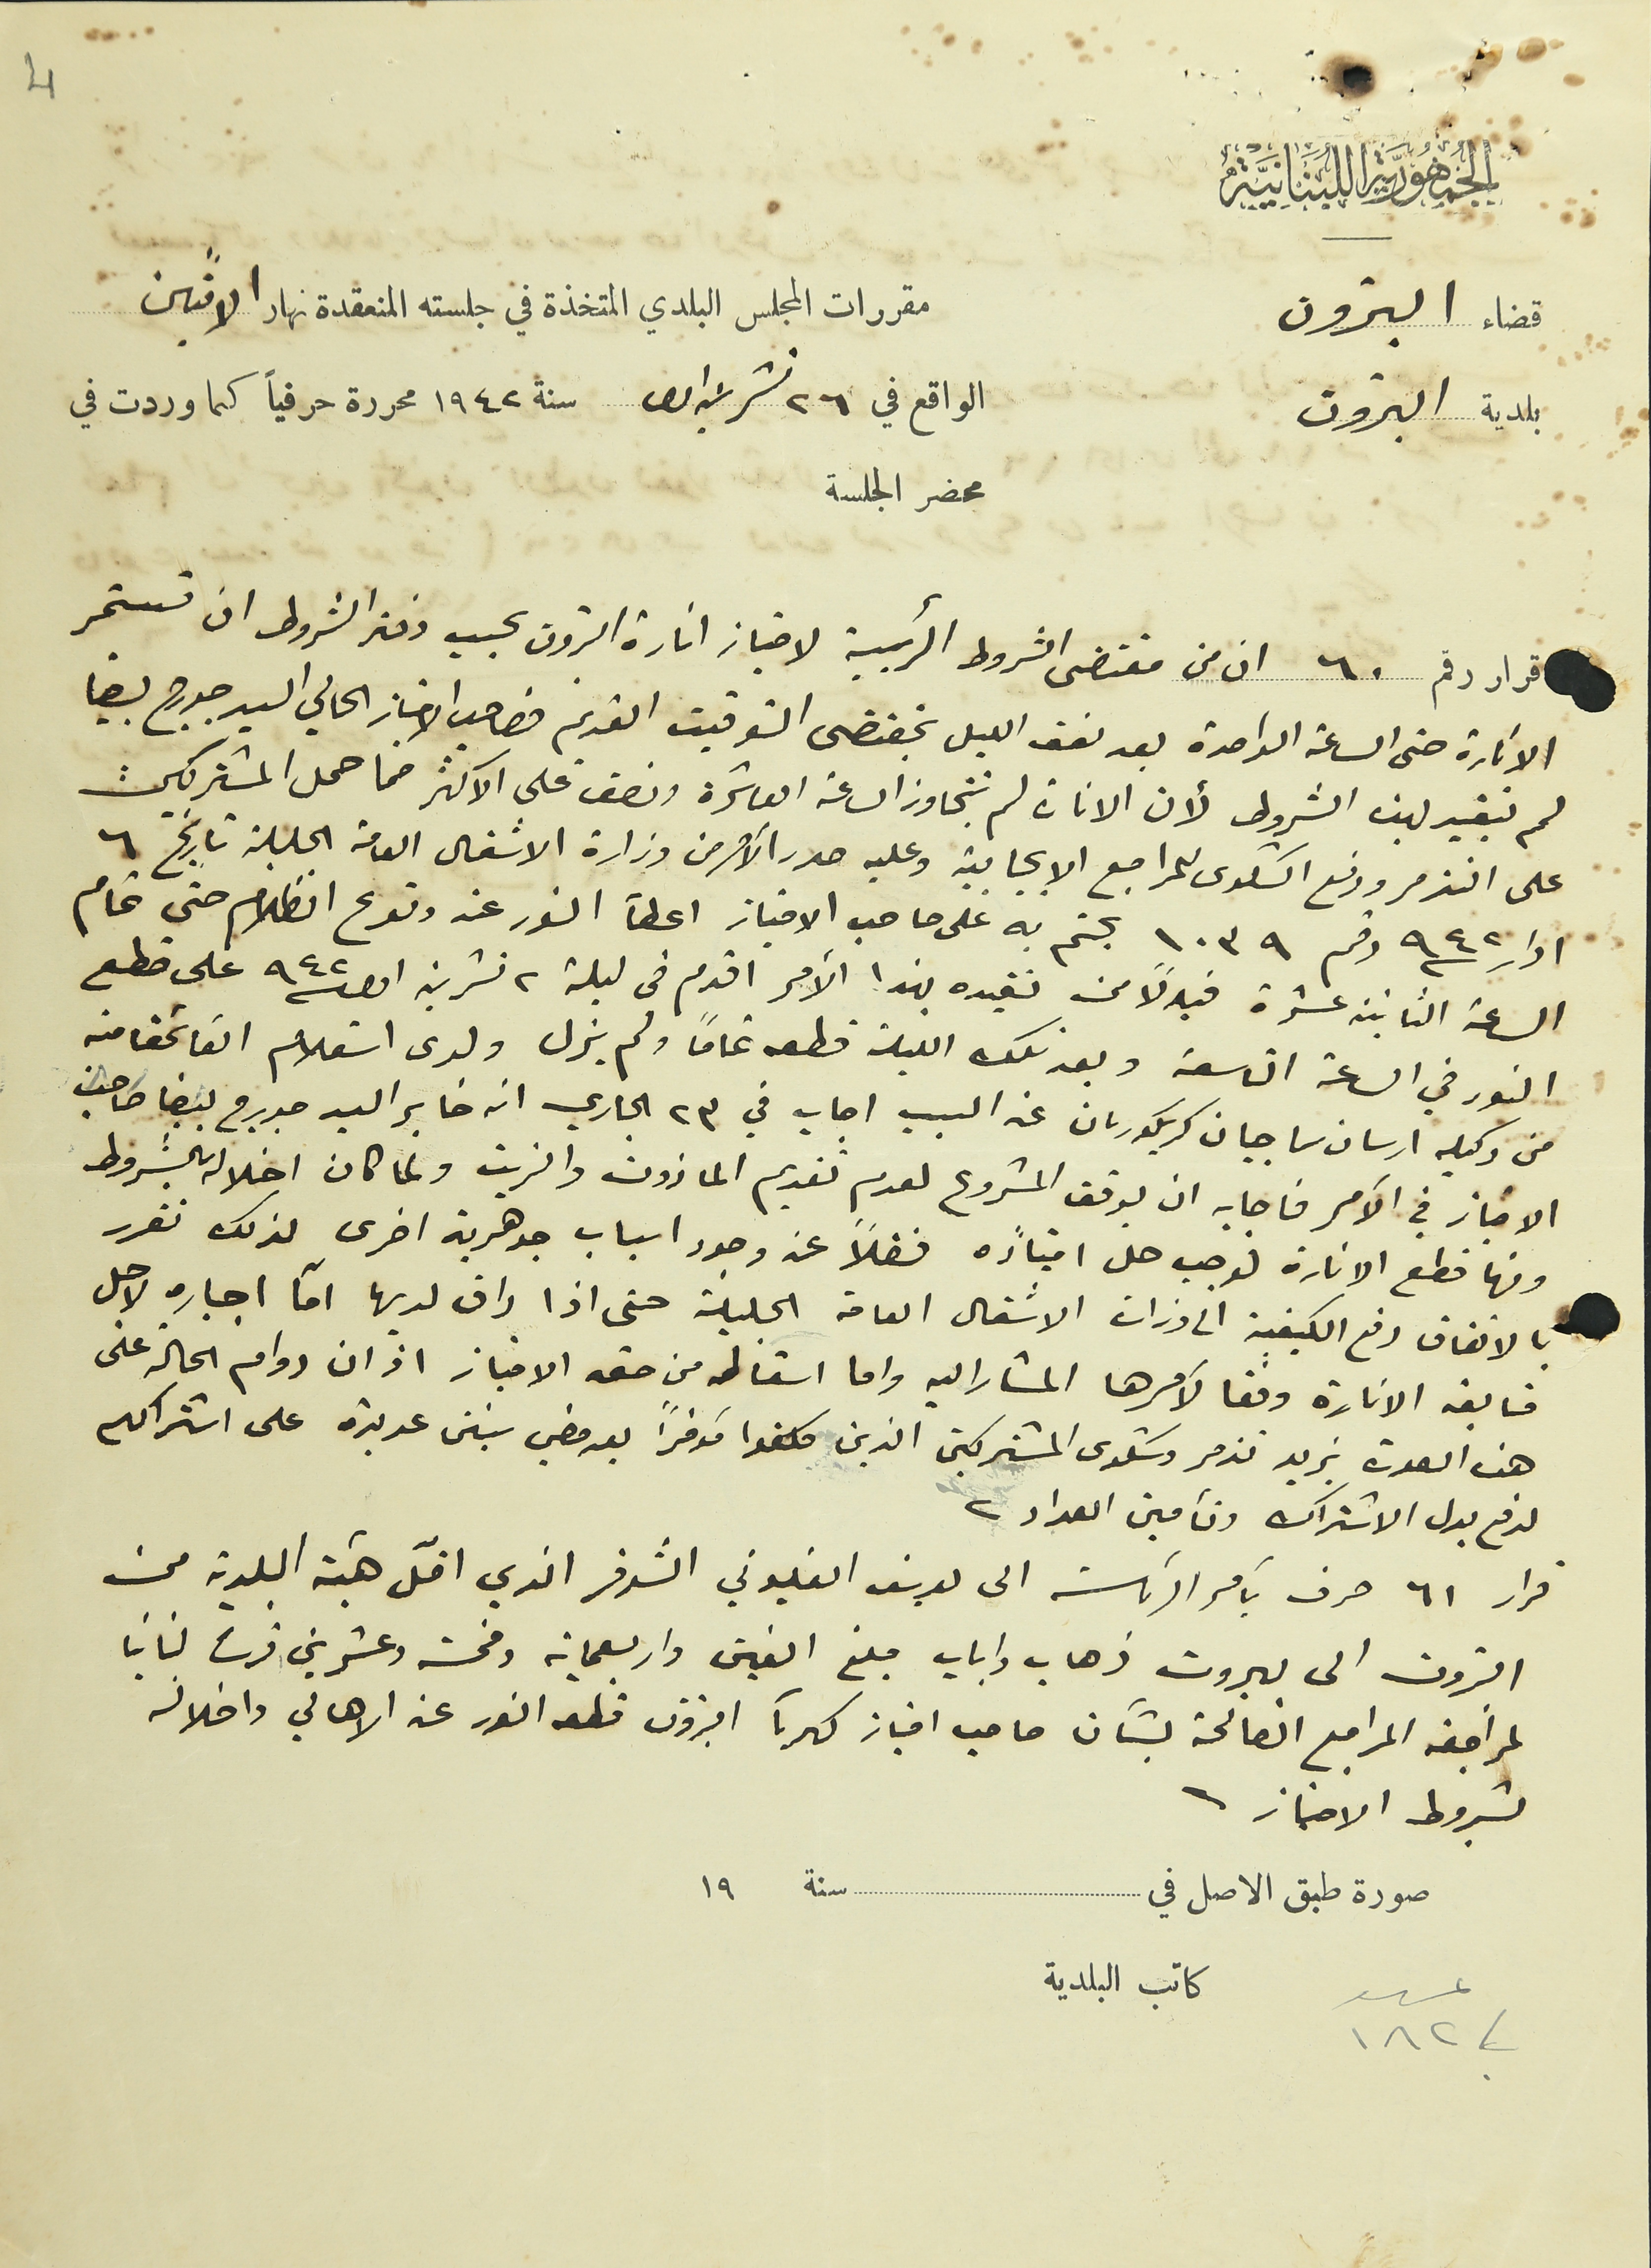
الجمهورية اللبنانية
مقررات المجلس البلدي المتخذة في جلسته المنعقدة نهار الاثنين
4
قضاء البترون
الواقع في ٢٦ تشرين اول سنة ١٩٤٢ محررة حرفياً كما وردت في
بلدية البترون
محضر الجلسة
قرار رقم ٦٠ ان من متقضى الشروط الرئيسية لامتياز انارة البترون بحسب دفتر الشروط ان تستمر
الانارة حتى الساعة الواحدة بعد نصف الليل بمقتضى التوقيت القديم فصاحب الامتياز الحالي جورج بيضا
لم تبقيه بهذه الشروط لأن الانارة لم تتجاوز الساعة العاشرة ونصف على الاكثر مما حمل المشتركين
على التذمر ودفع الشكوى للمراجع الايجابية وعليه صدر الأمر من وزارة الاشغال العامة الجليلة تاريخ ٦
ادار سنة ٩٤٢ رقم ١٠٣٩ يحتم على صاحب الامتياز اعطأ النور عند وقوع الظلام حتى تمام
الساعة الثانية عشرة فبدلاً من تقيده بهذا الأمر اقدم في ليلة ٢ تشرين اول سنة ٩٤٢ على قطع
النور في الساعة التاسعة وبعد تلك الليلة قطعه تماماً ولم يزل ولدى استعلام القائمقامية
من وكيله ارسان ساجيان كريكوريان عن السبب اجاب في ٢٣ الجاري انه خابر السيد جورج بيضا صاحب
الامتياز في الآمر فاجابه ان يوقف المشروع لعدم تقديم المازوت والزيت ولما كان اخلاله بالشروط
ومنها قطع الانارة لوجب حل امتيازه فضلاً عن وجود اسباب جوهرية اخرى لذلك تقرر
بالاتفاق رفع الكيفية الى وزارت الاشغال العامة الجليلة حتى اذا راق لديها امآ اجباره لاجل
متابعة الانارة وفقا لأمرها المشار اليه واما اسقاطه من حقه الامتياز اذ ان دوام الحالة على
هذه الصورة يزيد تزمر وشكوى المشتركين الذين عكفوا مؤخراً بعد مضي سنين عديدة على اشتراكهم
لدفع بدل الاشتراك وتأمين العداد.
قرار ٦١ صرف بأمر الرئاسة الى يوسف الغلبوني الشوفر الذي اقلّ هيئة البلدية من
البترون الى بيروت ذهاب واياب الفين واربعماية وخمسة وعشرين قرشاً لبنانياً
لمراجعة المراجع الصالحة بشأن صاحب امتياز كهربأ البترون قطعه النور عن الاهالي واخلاله
بشروط الامتياز
صورة طبق الاصل في _______________________________ سنة       ١٩
كاتب البلدية صدر بـ ١٨٢